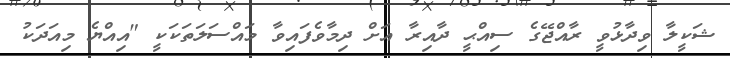
ޝަކީލާ ވިދާޅުވީ ރާއްޖޭގެ ސިއްޙީ ދާއިރާ އަށް ދިމާވެފައިވާ މައްސަލަތަކަކީ "އިއްޔެ މިއަދަކު